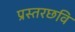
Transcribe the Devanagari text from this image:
प्रस्तरछवि